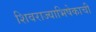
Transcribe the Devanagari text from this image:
शिवराज्याभिषेकाची